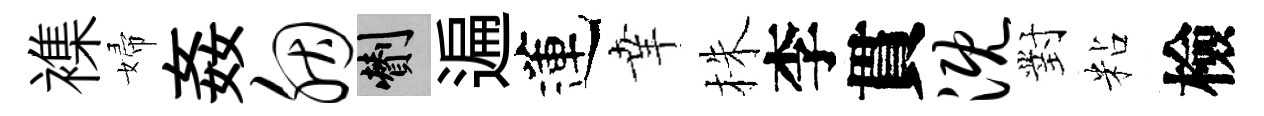
襍婦姦胭剪遍蓮𦍒株李貫溉對粘檢